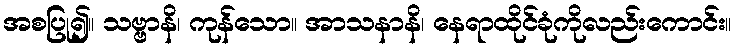
အစပြု၍။ သဗ္ဗာနိ၊ ကုန်သော။ အာသနာနိ၊ နေရာထိုင်ခုံကိုလည်းကောင်း။